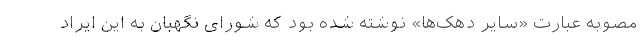
مصوبه عبارت «سایر دهک‌ها» نوشته شده بود که شورای نگهبان به این ایراد